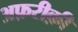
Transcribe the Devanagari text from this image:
अफ़रीक़ी